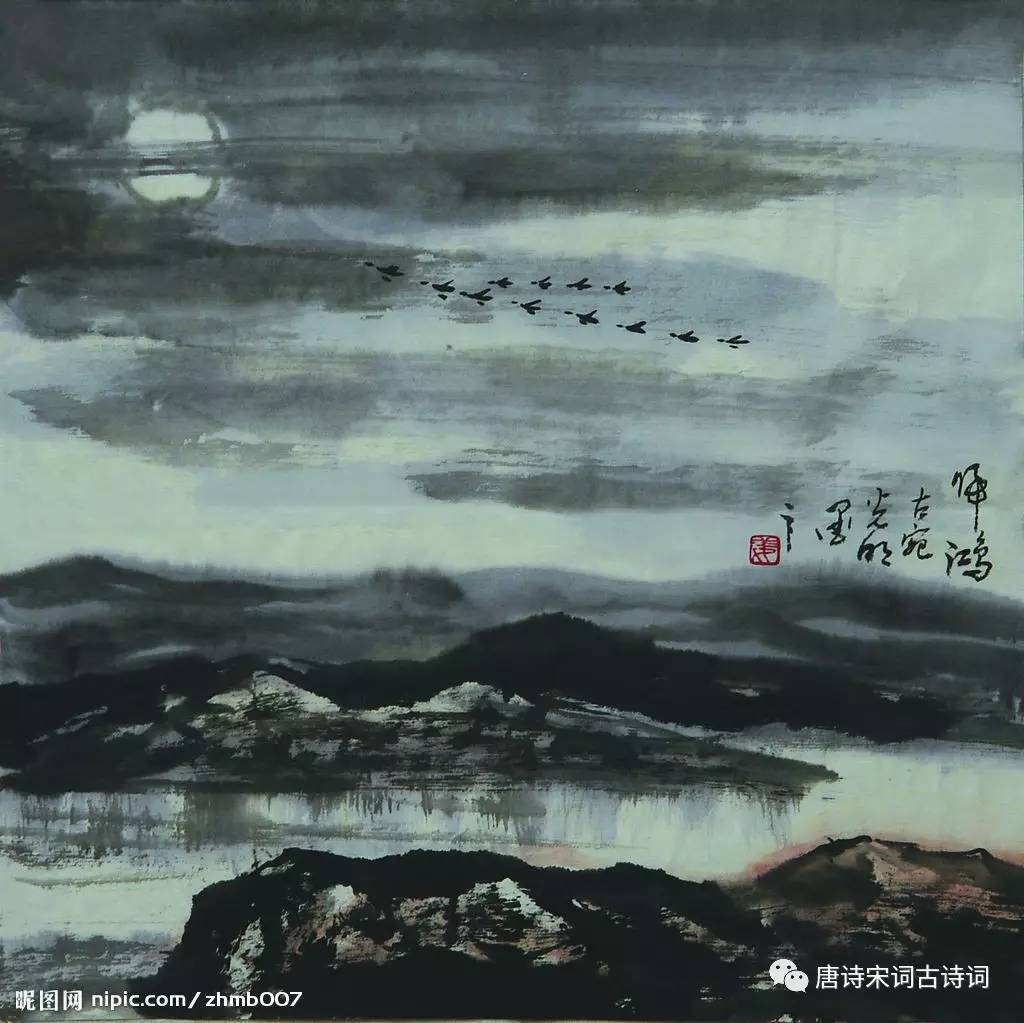
归鸿声断残云碧。背窗雪落炉烟直。